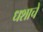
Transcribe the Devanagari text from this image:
धशाचे